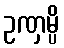
ဥဏှမ္ပိ